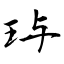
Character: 玙